Burma Government Medical School reports 1923-41
Year: 1923
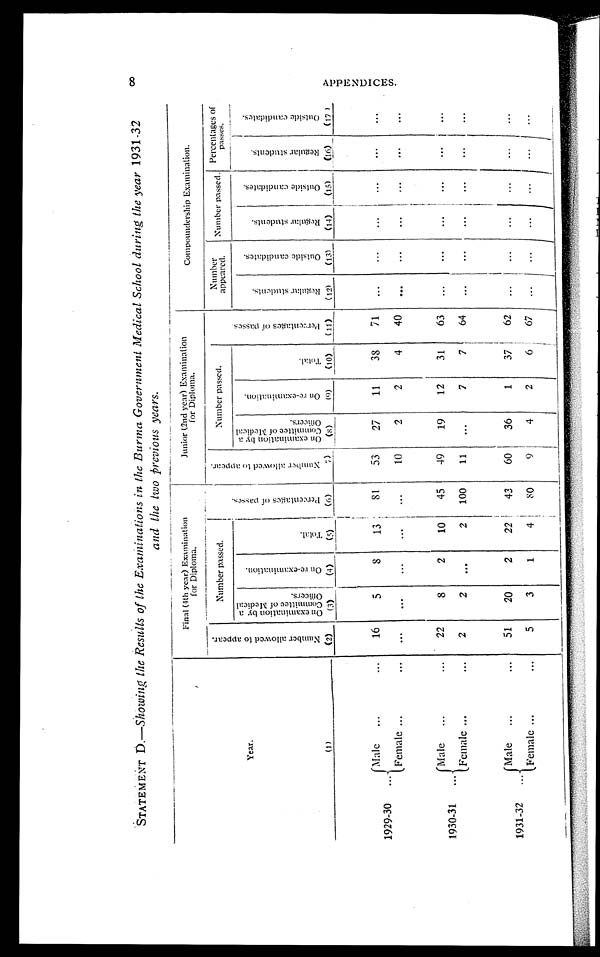
zSTATEMENT D. —Showing the Results of the Examinations in the Burma Government Medical School during the year 1931-32
and the two previous years.
Y e a r .
( 1 )
Final (4th year) Examination
for Diploma.
Junior (2nd year) Examination
for Diploma.
Compoundership Examination.
N u m b e r a l l o w e d t o a p p e a r .
( 2 )
N u m b e r p a s s e d .
P e r c e n t a g e s o f p a s s e s .
( 6 )
N u m b e r a l l o w e d t o a p p e a r .
( 7 )
N u m b e r p a s s e d .
P e r c e n t a g e s o f p a s s e s .
( 1 1 )
N u m b e r a p p e a r e d .
N u m b e r p a s s e d .
P e r c e n t a g e s o f p a s s e s .
O n e x a m i n a t i o n b y a C o m m i t t e e o f M e d i c a l O f f i c e r s .
( 3 )
O n r e - e x a m i n a t i o n .
( 4 )
T o t a l .
( 5 )
O n e x a m i n a t i o n b y a C o m m i t t e e o f M e d i c a l O f f i c e r s .
( 8 )
O n r e - e x a m i n a t i o n .
( 9 )
T o t a l .
( 1 0 )
R e g u l a r s t u d e n t s .
( 1 2 )
O u t s i d e c a n d i d a t e s .
( 1 3 )
R e g u l a r s t u d e n t s .
( 1 4 )
O u t s i d e c a n d i d a t e s .
( 1 5 )
R e g u l a r s t u d e n t s .
( 1 6 )
O u t s i d e c a n d i d a t e s .
( 1 7 )
1929-30
Male
16
5
8
13
8 1
53
27
11
3 8
71
. . .
. . .
. . .
. . .
. . .
. . .
Female
. . .
...
...
...
...
10
2
2
4
40 ...
...
. . .
. . .
. . .
. . .
1930-31
Male
22
8
2
10
45
49
19
12
31
63 ...
. . .
. . .
. . .
. . .
. . .
Female
2
2
. . .
2 100
11
. . .
7
7
64
. . .
. . .
. . .
. . .
. . .
. . .
1931-32
Male
51
20
2
22
43
60
3 6
1
37
62
. . .
. . .
. . .
. . .
. . .
. . .
Female
5
3
1
4
8 0
9
4
2
6
67
. . .
. . .
. . .
. . .
. . .
. . .
8 A P P E N D I C E S .